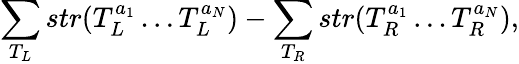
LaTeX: \sum_{T_{L}}str(T_{L}^{a_{1}}\ldots T_{L}^{a_{N}})-\sum_{T_{R}}str(T_{R}^{a_{1}}\ldots T_{R}^{a_{N}}),